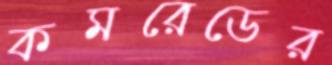
কমরেডের